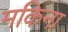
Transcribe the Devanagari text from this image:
मकिना